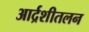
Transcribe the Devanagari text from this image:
आर्द्रशीतलन